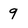
Character: 9